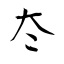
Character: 冭